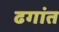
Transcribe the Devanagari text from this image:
ढगांत